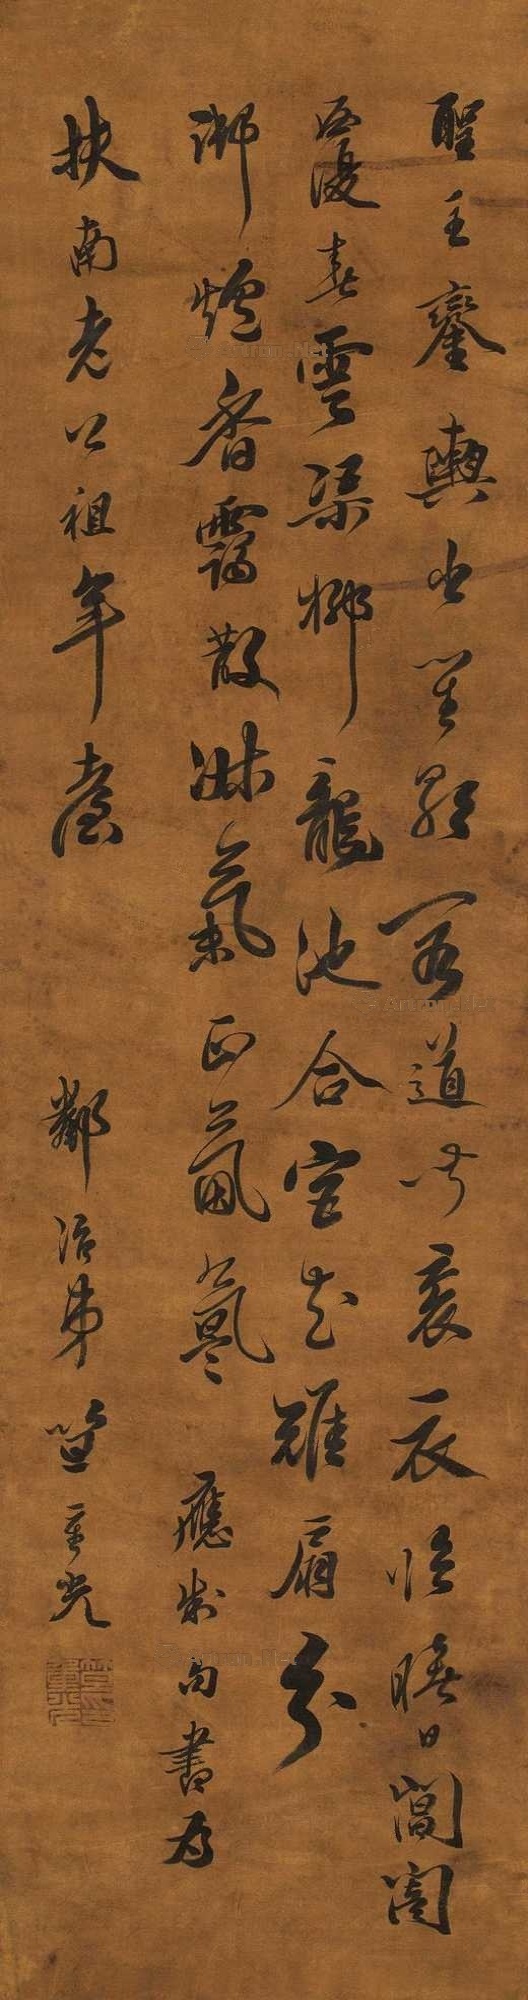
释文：圣主銮舆出，笙歌阁道闻。衮衣临曙日，阊阖覆春云。渠柳龙池合，宫花雉扇分。御炉香霭散，淑气正氛氲。应制句，书为扶南老公祖年台，邻冶弟笪重光。